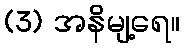
(3) အနိမျ့ရေ။